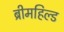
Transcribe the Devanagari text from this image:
ब्रीमहिल्ड